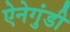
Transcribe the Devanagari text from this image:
ऐनेगुंडी